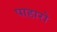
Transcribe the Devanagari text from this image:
पाहारो